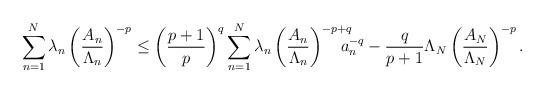
LaTeX: \begin{align*} \sum_{n=1}^N\lambda_n\left(\frac{A_n}{\Lambda_n}\right)^{-p} \leq \left(\frac{p+1}{p}\right)^q\sum_{n=1}^N\lambda_n\left(\frac{A_n}{\Lambda_n}\right)^{-p\mathrlap{+q}}a_n^{-q} - \frac{q}{p+1}\Lambda_N\left(\frac{A_N}{\Lambda_N}\right)^{-p}.\end{align*}